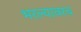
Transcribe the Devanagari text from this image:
भरल्यावरच